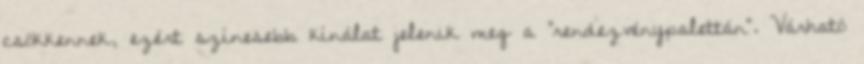
csökkennek, ezért színesebb kínálat jelenik meg a "rendezvénypalettán". Várható